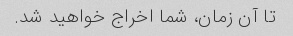
تا آن زمان، شما اخراج خواهید شد.